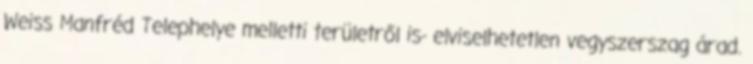
Weiss Manfréd Telephelye melletti területről is- elviselhetetlen vegyszerszag árad.